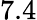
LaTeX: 7.4